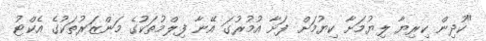
"ކުދިން ކިރިޔާ ލިޔުމަށާ ކިޔުމަށް ފަށާ އުމުރުގަ އޭނާ ފިލްމުތަކުގެ މަންޒަރުތަކުގެ އެކްޓު